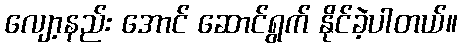
လျော့နည်း အောင် ဆောင်ရွက် နိုင်ခဲ့ပါတယ်။